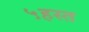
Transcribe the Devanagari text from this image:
५हस्त